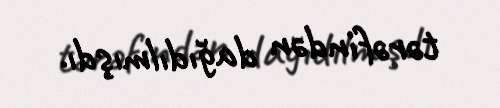
tərəfindən dağıdılmışdı.